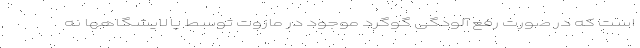
است که در صورت رفع آلودگی گوگرد موجود در مازوت توسط پالایشگاهها نه